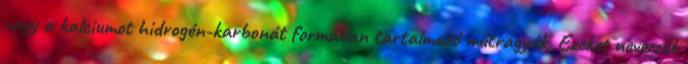
vagy a kalciumot hidrogén-karbonát formában tartalmazó műtrágyák. Ezeket nevezzük